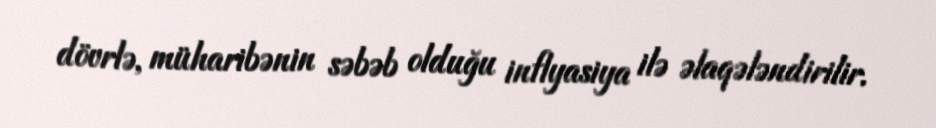
dövrlə, müharibənin səbəb olduğu inflyasiya ilə əlaqələndirilir.